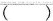
()